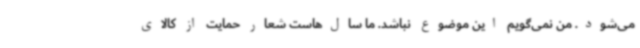
می‌شود. من نمی‌گویم این موضوع نباشد. ما سال‌هاست شعار حمایت از کالای